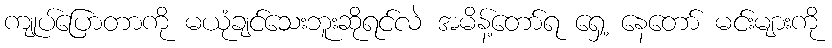
ကျုပ်ပြောတာကို မယုံချင်သေးဘူးဆိုရင်လဲ အမိန့်တော်ရ ရှေ့ နေတော် မင်းများကို